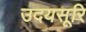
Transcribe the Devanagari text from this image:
उदयसूरि